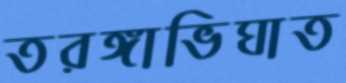
তরঙ্গাভিঘাত